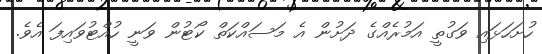
ހުށަހަޅައި ވަގުތީ އަމުރެއްގެ ދަށުން އެ މަސައްކަތް ކޯޓުން ވަނީ ހުއްޓުވައިފަ އެވެ.